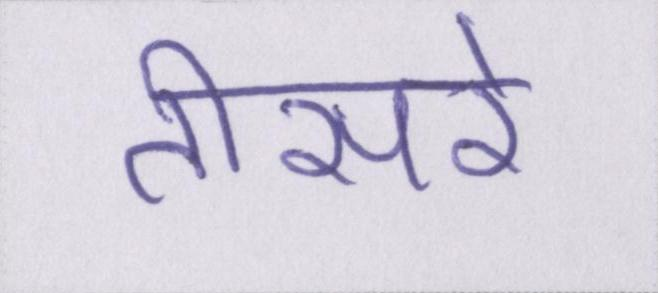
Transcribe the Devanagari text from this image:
तीसरे